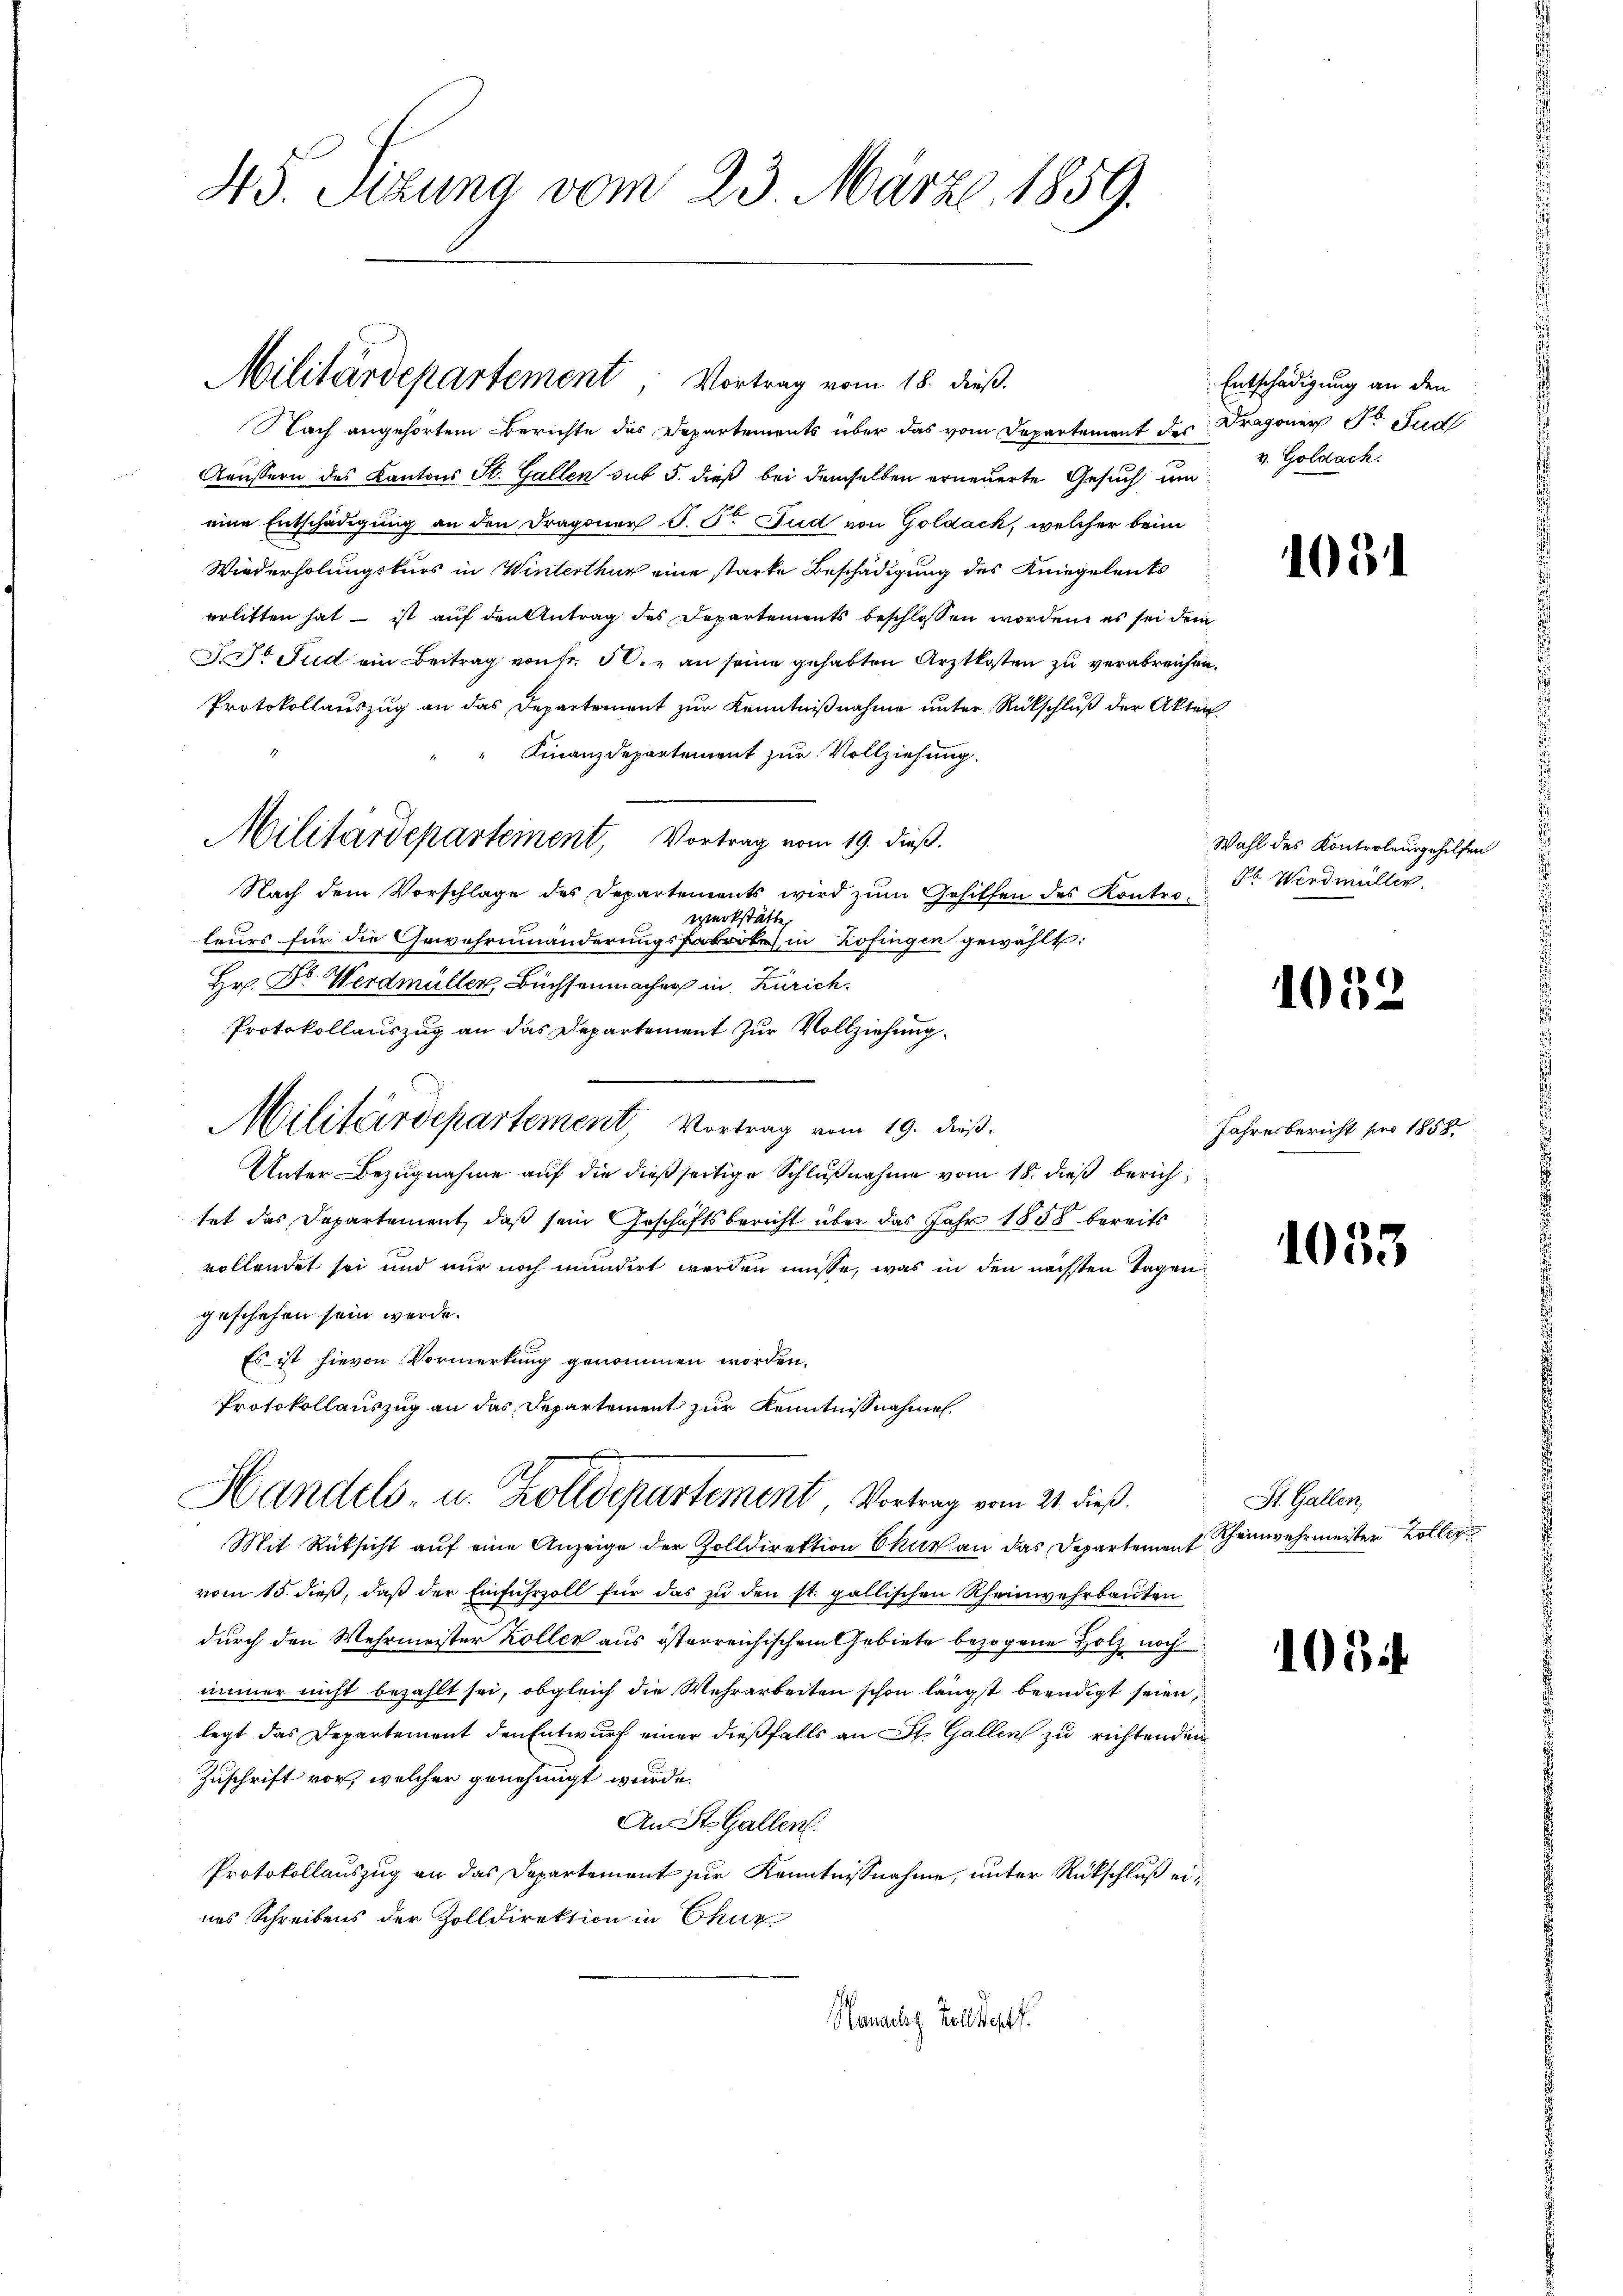
43. Setzung vom 23. März 1859.

Militärdepartement Vortrag vom 18. dieß.

NNach angehörtem Berichte des Departements über das vom Departement des Dragoner Dr Jud
Aeussern des Kantons St. Gallen sub 5. dieß bei demselben erneuerte Gesuch um d. Goldach
eine Entschädigung an den Dragoner J. J. Fud von Goldack, welcher beim
Wiederholungskurs in Winterthur eine starke Beschädigung des Kniegelenks
erlitten hat – ist auf den Antrag des Departements beschlossen worden, es sei dem
J. Dr Jud ein Beitrag von fr. der an seine gehabten Arztkosten zu verabreichen.
Protokollauszug an das Departement zur Kenntnißnahme unter Rückschluß der Akten.
Finanzdepartement zur Vollziehung.
Militärdepartement, Vortrag vom 19. dieß.
Nach dem Vorschlage des Departements wird zum Gehilfen des Kontro Dr. Wirdmüller,
werkstätte,
leurs für die Gewehrnmnänderungsfabrike in Zofingen gewählt:
Hr. Dr. Werdmüller Büchsenmacher in Zürich.
Protokollauszug an das Departement zur Vollziehung
Unter Bezugnahme auf die dießseitige Schlußnahme vom 18. dieß berich
tet das Departement, daß sein Geschäftsbericht über das Jahr 1858 bereits
vollendet sei und nur noch mundirt werden müsse, was in den nächsten Tagen
geschehen sein werde.
Es ist hievon Vormerkung genommen worden,
Protokollauszug an das Departement zur Kenntnisnahmen.
Handels- u. Zolldepartement, Vortrag vom 21. dieß.
Mit Rüksicht auf eine Anzeige der Zolldirektion Chur an das Departement Heimwehrmeister Zoll
vom 15. dieß, daß der Einfuhrzoll für das zu den st. gallischen Rheinwehrbauten
durch den Wehrmeister Zoller aus österreichischem Gebiete bezogene Holz noch
immer nicht bezahlt sei, obgleich die Mehrarbeiten schon längst beendigt seien,
legt das Departement den Entwurf einer dießfalls an St. Gallen zu richtenden
Zuschrift vor, welcher genehmigt wurde.
An St. Gallen.
Protokollauszug an das Departement zur Kenntnisnahme, unter Rückschluß eines Schreibens der Zolldirektion in Chur
Honach Zolldept.

Militärdepartement, Vortrag vom 19. dieß.

Entschädigung an den

1031

Wahl des Kontroleur gehilfen

10

2

Jahresbericht pro 1858.

1035

St. Gallen,

108.